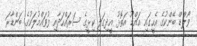
ވޯލްޑް ބޭންކުގެ އެހީގައި އައްޑޫ އަތޮޅު އީދިގަލި ކިޅީގެ ސަރައްހަދާއި ފުވައްމުލަކުގެ ބަންޑާރަ